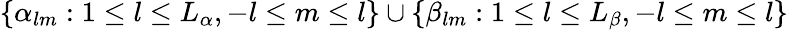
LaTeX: \{ \alpha_{lm}:1\leq l\leq L_{\alpha},-l\leq m\leq l\} \cup\{ \beta_{lm}:1\leq l\leq L_{\beta},-l\leq m\leq l\}